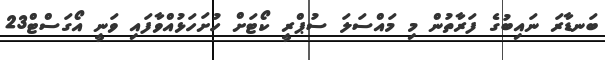
ބަނޑާރަ ނައިބުގެ ފަރާތުން މި މައްސަލަ ސުޕްރީ ކޯޓަށް ހުށަހަޅުއްވާފައި ވަނީ އޯގަސްޓް23